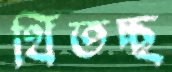
থিতচ্ছ